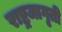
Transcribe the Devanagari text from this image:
राष्ट्रजागृती